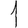
Digit: 1